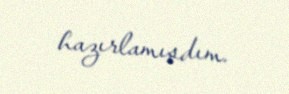
hazırlamışdım.